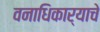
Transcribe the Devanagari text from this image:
वनाधिकार्‍याचे